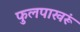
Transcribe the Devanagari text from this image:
फुलपाखरूं